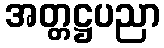
အတ္တဋ္ဌပညာ